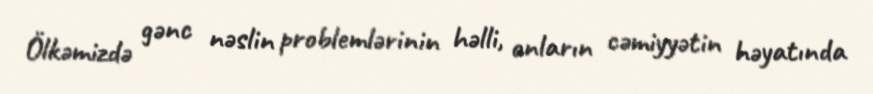
Ölkəmizdə gənc nəslin problemlərinin həlli, onların cəmiyyətin həyatında